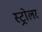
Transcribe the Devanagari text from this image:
स्ट्रोलर